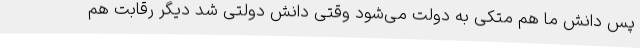
پس دانش ما هم متکی به دولت می‌شود وقتی دانش دولتی شد دیگر رقابت هم